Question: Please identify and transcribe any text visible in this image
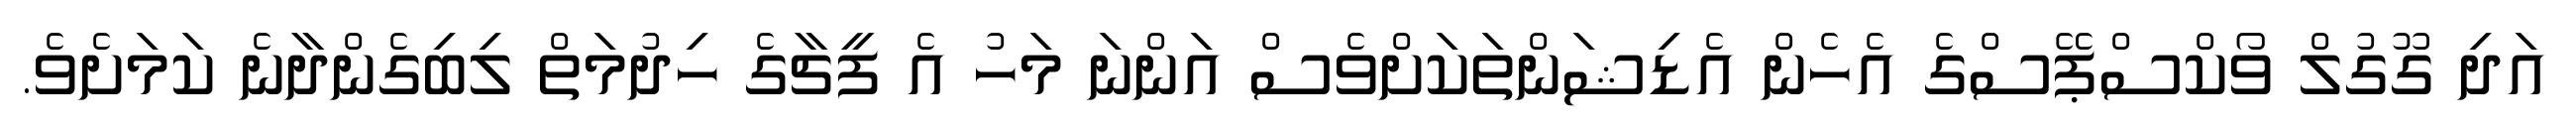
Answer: އަދި ގޫގުލް ވޯކްސްޕޭސްގެ އެހެން އެޑިޝަންތަކަށްވެސް އަންނަ މަހު އެ ފީޗާގެ ހިދުމަތް ލިބިގެންދާނެ ކަމަށެވެ.